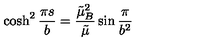
\cosh ^ { 2 } \frac { \pi s } b = \frac { \tilde { \mu } _ { B } ^ { 2 } } { \tilde { \mu } } \sin \frac \pi { b ^ { 2 } }